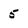
Character: 5